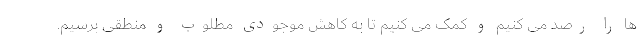
ها را رصد می کنیم و کمک می کنیم تا به کاهش موجودی مطلوب و منطقی برسیم.